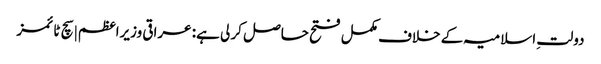
دولتِ اسلامیہ کے خلاف مکمل فتح حاصل کر لی ہے: عراقی وزیراعظم | سچ ٹائمز